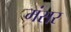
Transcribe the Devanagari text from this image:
मंसर